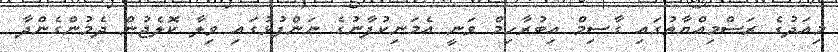
މިއަދުގެ ރަސްމިއްޔާތުގައި ގާސިމް އިބުރާހިމް ވަނީ އެމަނިކުފާނުގެ ނަންފުޅުގައި ވިލާ ކޮލެޖުން ދެމުންގެންދާ